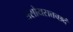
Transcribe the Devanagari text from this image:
असोयसत्तच्छदं